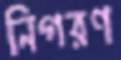
নিগরণ